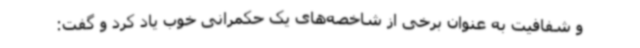
و شفافیت به عنوان برخی از شاخصه‌های یک حکمرانی خوب یاد کرد و گفت: